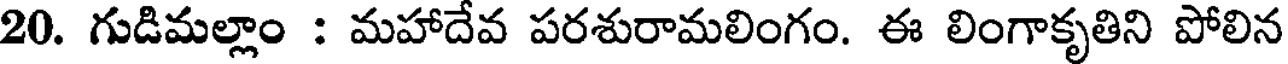
20. గుడిమల్లాం : మహాదేవ పరశురామలింగం. ఈ లింగాకృతిని పోలిన